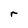
Character: r